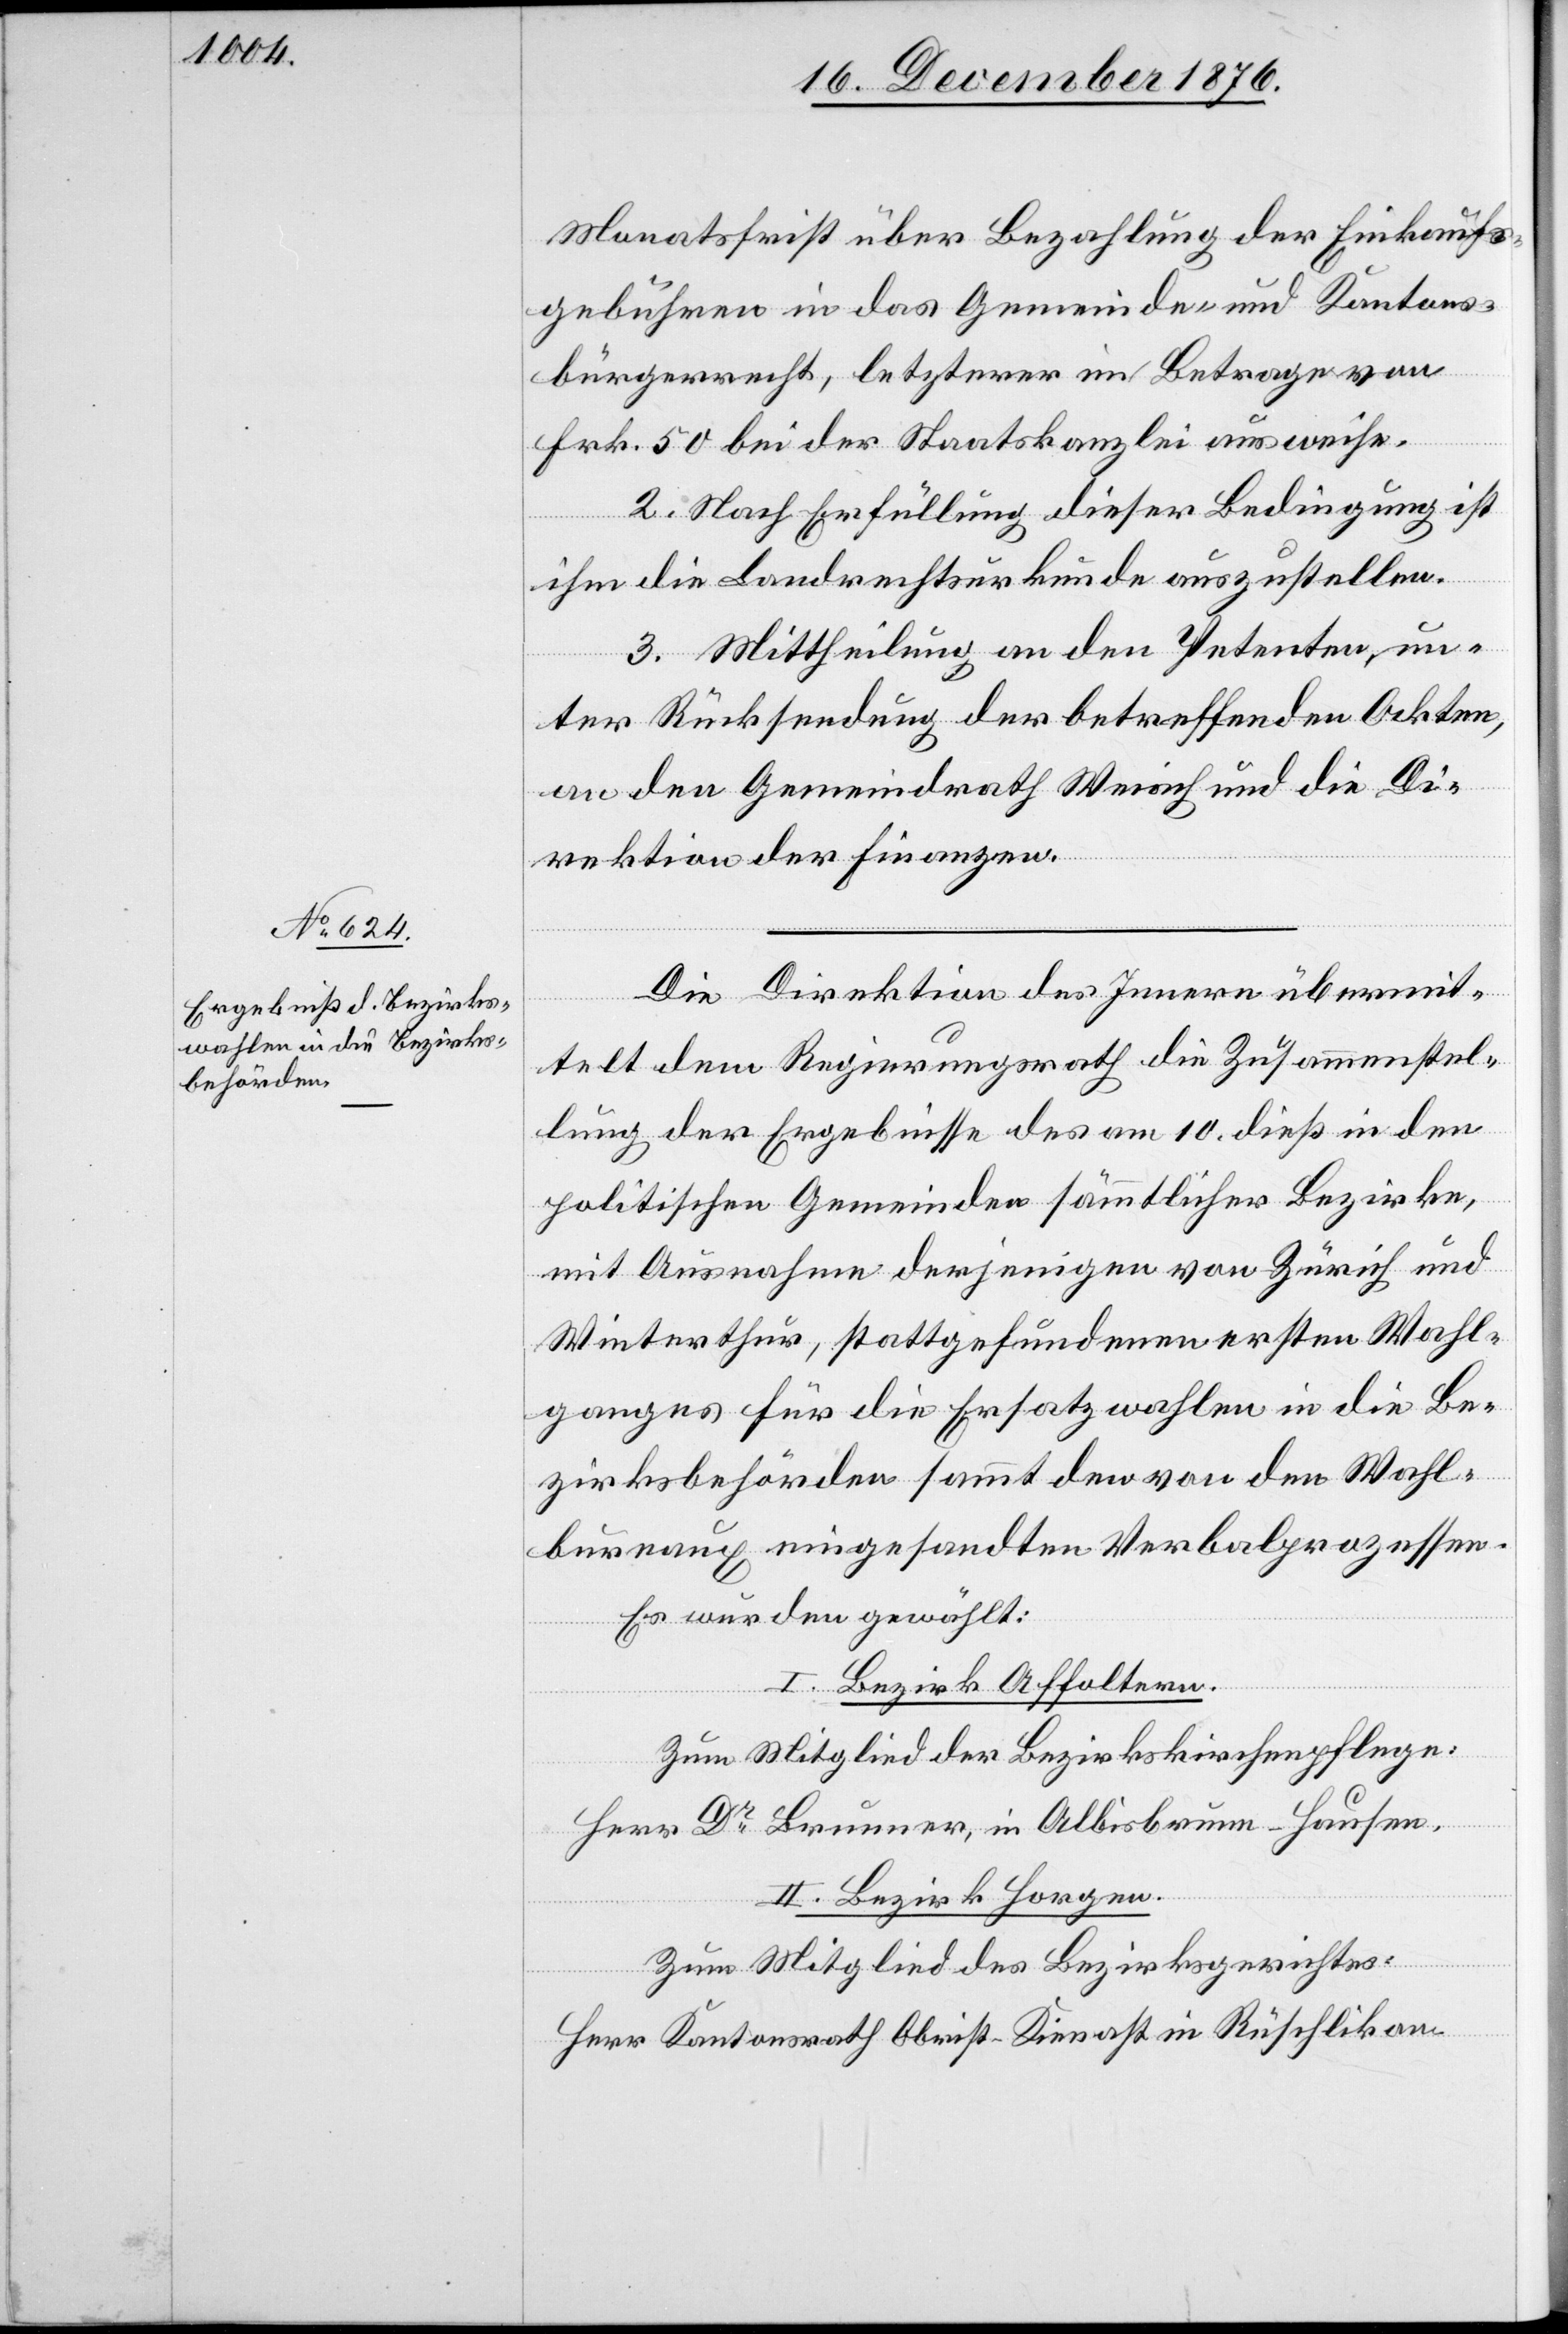
Monatsfrist über Bezahlung der Einkaufs¬
gebühren in das Gemeinde- und Kantons¬
bürgerrecht, letzterer im Betrage von
Frk. 50 bei der Staatskanzlei ausweise.
2. Nach Erfüllung dieser Bedingung ist
ihm die Landrechtsurkunde auszustellen.
3. Mittheilung an den Petenten, un¬
ter Rücksendung der betreffenden Akten,
an den Gemeindrath Weiach und die Di¬
rektion der Finanzen.
Die Direktion des Innern übermit¬
telt dem Regierungsrath die Zusammenstel¬
lung der Ergebnisse des am 10. dieß in den
politischen Gemeinden sämmtlicher Bezirke,
mit Ausnahme derjenigen von Zürich und
Winterthur, stattgefundenen ersten Wahl¬
ganges für die Ersatzwahlen in die Be¬
zirksbehörden sammt den von den Wahl¬
bureaux eingesandten Verbalprozessen.
Es wurden gewählt:
I. Bezirk Affoltern.
Zum Mitglied der Bezirksschulpflege:
Herr Dr Brunner, in Albisbrunn - Hausen.
II. Bezirk Horgen.
Zum Mitglied des Bezirksgerichtes:
Herr Kantonsrath Obrist-Kienast in Rüschlikon.